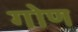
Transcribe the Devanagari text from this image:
गोण